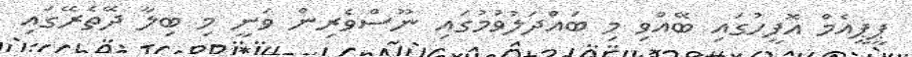
ޕީޕީއެމް އޮފީހުގައި ބޭއްވި މި ބައްދަލުވުމުގައި ނޫސްވެރިން ވަނީ މި ބިލާ ދޭތެރޭގައި